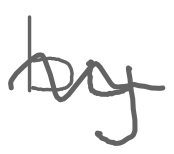
Text: by
Cross-out: wave
Writing tool: digital_gray